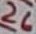
Text: 26